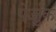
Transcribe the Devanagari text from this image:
पेर्ज्जुक